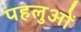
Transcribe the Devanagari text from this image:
पहलुओें